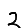
Digit: 2